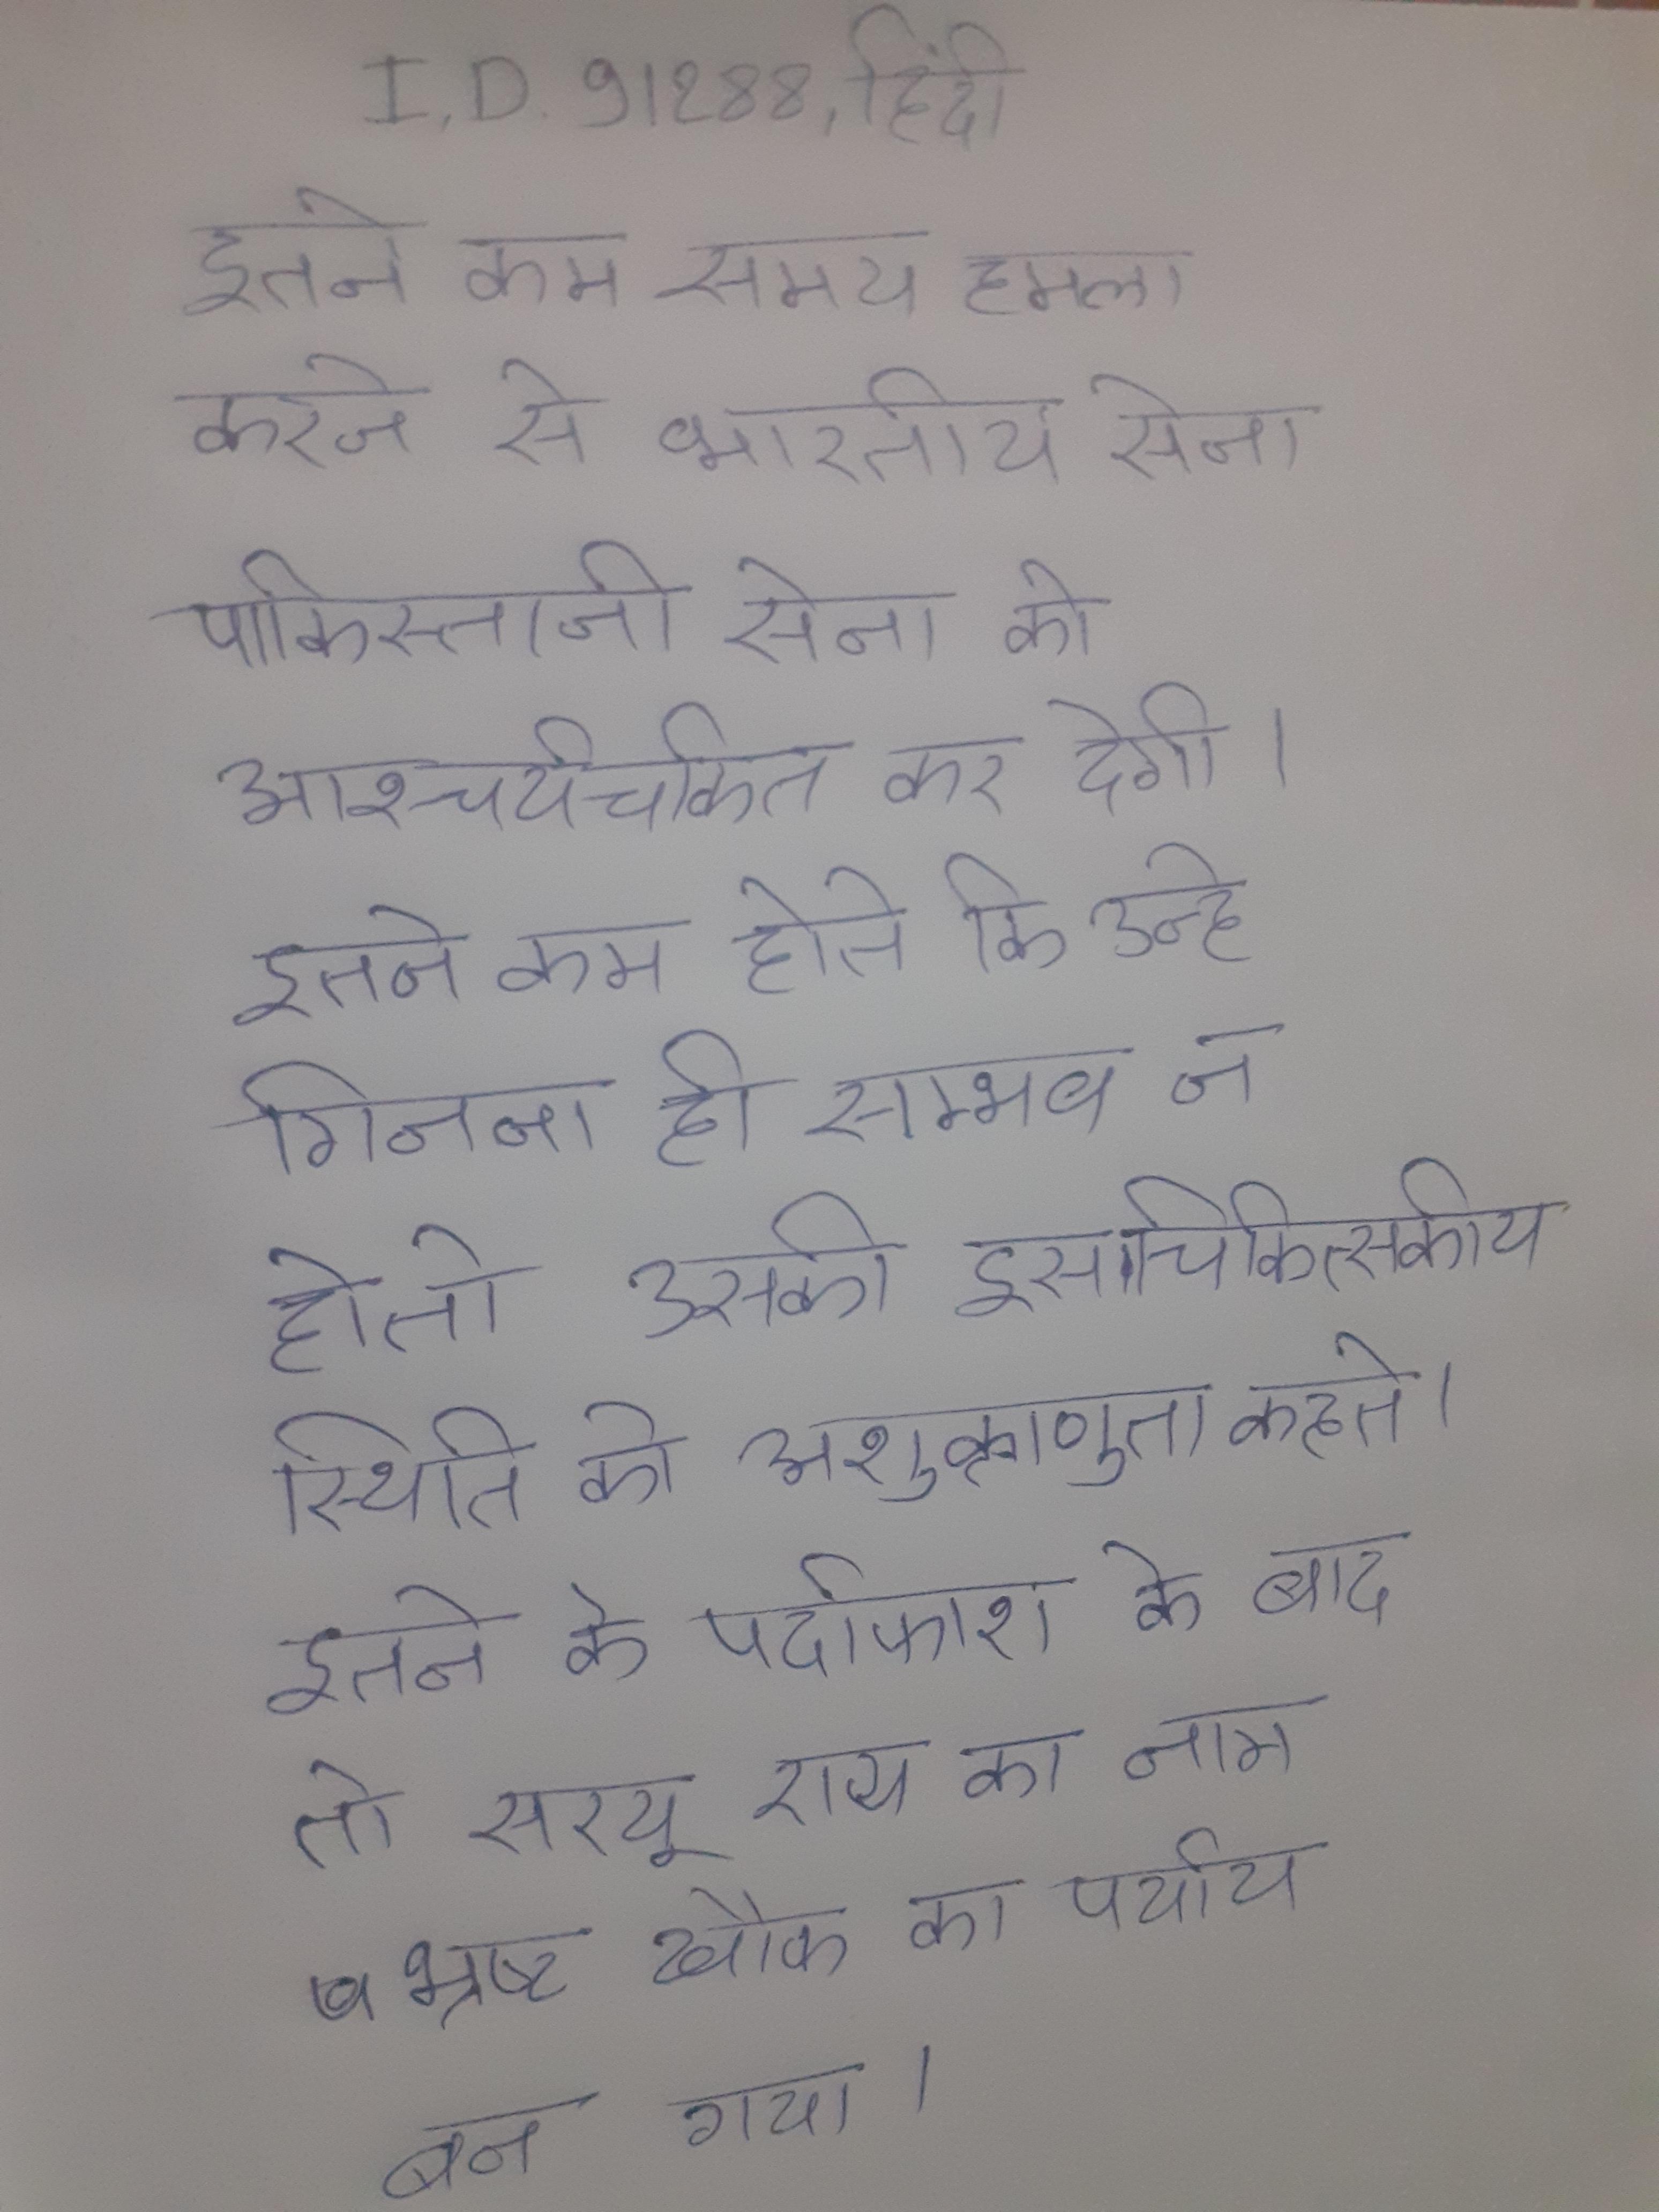
इतने कम समय हमला करने से भारतीय सेना पाकिस्तानी सेना को आश्चर्यचकित कर देगी । इतने कम होते कि उन्हे गिनना ही सम्भव न हो तो उसकी इस चिकित्सकीय स्थिति को अशुक्राणुता कहते । इतने के पर्दाफाश के बाद तो सरयू राय का नाम भ्रष्ट खौफ का पर्याय बन गया ।